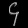
Digit: ၄